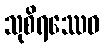
သုစိရဿေဝ